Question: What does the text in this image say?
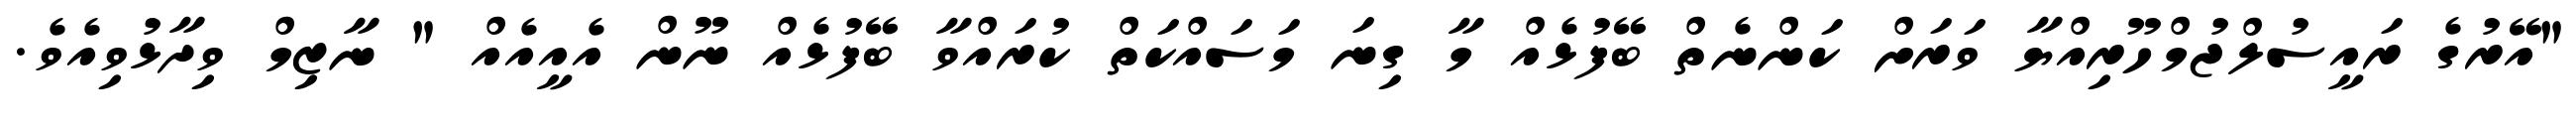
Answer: "އޭރުގެ ރައީސުލްޖުމްހޫރިއްޔާ ވަރަށް ކަންނެތް ބޭފުޅެއް މާ ގިނަ މަސައްކަތް ކުރައްވާ ބޭފުޅެއް ނޫން އެއީއެއް " ނާޒިމް ވިދާޅުވިއެވެ.